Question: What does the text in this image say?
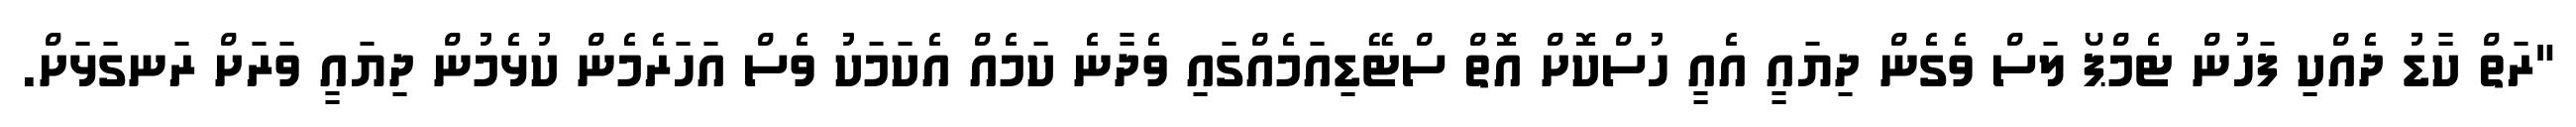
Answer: "ރަތް ކާޑު ދެއްކި ފަހުން ޓެމްޕޯ ލަސް ވެގެން ދިޔައީ އެއީ ހުސްކޮށް އޮތް ސްޓޭޑިއަމެއްގައި ވެދާނެ ކަމެއް އެކަމަކު ވެސް އަހަރެމެން ކުޅެމުން ދިޔައީ ވަރަށް ރަނގަޅަށް.